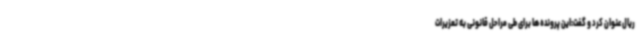
ریال عنوان کرد و گفت:این پرونده ها برای طی مراحل قانونی به تعزیرات